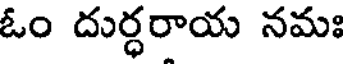
ఓం దుర్ధరాయ నమః